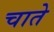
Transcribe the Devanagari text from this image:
चाते